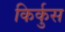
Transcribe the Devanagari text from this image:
किर्कुस